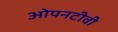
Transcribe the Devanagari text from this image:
ओपनटीवी